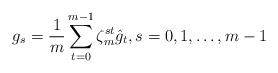
\begin{align*}g_s=\frac{1}{m}\sum\limits_{t=0}^{m-1}\zeta_m^{st}\hat{g}_t,s=0,1,\dots,m-1\end{align*}